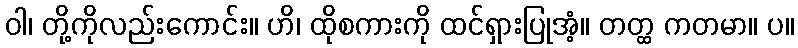
ဝါ၊ တို့ကိုလည်းကောင်း။ ဟိ၊ ထိုစကားကို ထင်ရှားပြုအံ့။ တတ္ထ ကတမာ။ ပ။